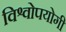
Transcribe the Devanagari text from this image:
विश्वोपयोगी